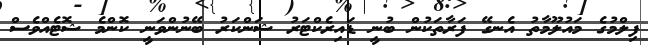
ފިލްމުގެ މައުލޫމާތު އެނގޭ ފަރާތަކުން ބުނީ ޑައިރެކްޓަރު ޝަންކަރު ބޭނުންވަނީ ކޮންމެ ޝޮޓެއްވެސް